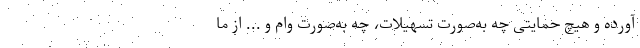
آورده و هیچ حمایتی چه به‌صورت تسهیلات، چه به‌صورت وام و ... از ما